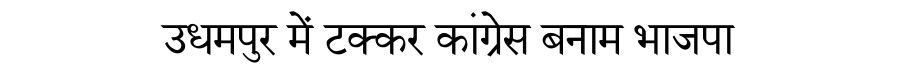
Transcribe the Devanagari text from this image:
उधमपुर में टक्कर कांग्रेस बनाम भाजपा